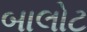
બાલોટ